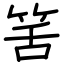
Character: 筈